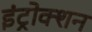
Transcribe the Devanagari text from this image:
इंट्रोक्शन